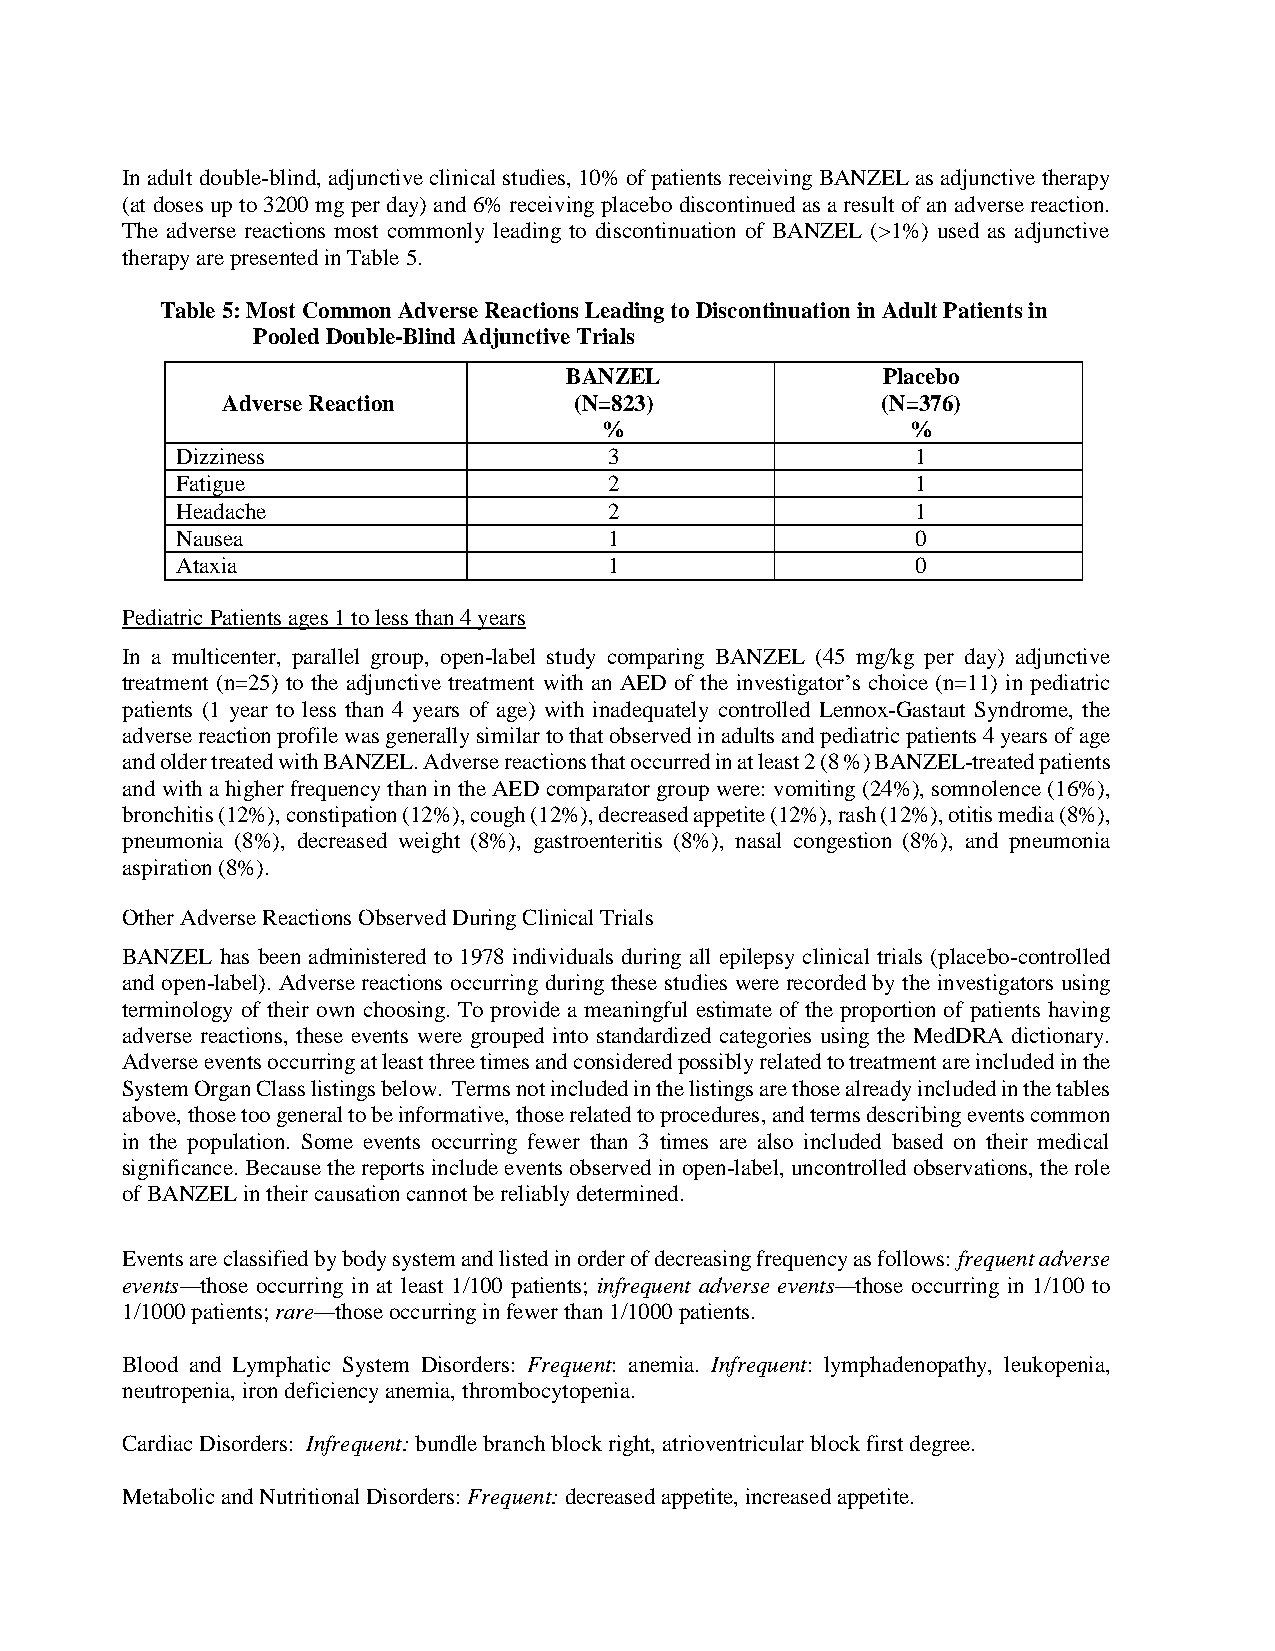
In adult double-blind, adjunctive clinical studies, 10% of patients receiving BANZEL as adjunctive therapy
 (at doses up to 3200 mg per day) and 6% receiving placebo discontinued as a result of an adverse reaction.
 The adverse reactions most commonly leading to discontinuation of BANZEL (>1%) used as adjunctive
 therapy are presented in Table 5.
 Table 5: Most Common Adverse Reactions Leading to Discontinuation in Adult Patients in
 Pooled Double-Blind Adjunctive Trials
 BANZEL               Placebo
 Adverse Reaction       (N=823)             (N=376)
 %                   %
 Dizziness                   3                    1
 Fatigue                     2                    1
 Headache                    2                    1
 Nausea                      1                    0
 Ataxia                      1                    0
 Pediatric Patients ages 1 to less than 4 years
 In a multicenter, parallel group, open-label study comparing BANZEL (45 mg/kg per day) adjunctive
 treatment (n=25) to the adjunctive treatment with an AED of the investigator’s choice (n=11) in pediatric
 patients (1 year to less than 4 years of age) with inadequately controlled Lennox-Gastaut Syndrome, the
 adverse reaction profile was generally similar to that observed in adults and pediatric patients 4 years of age
 and older treated with BANZEL. Adverse reactions that occurred in at least 2 (8 %) BANZEL-treated patients
 and with a higher frequency than in the AED comparator group were: vomiting (24%), somnolence (16%),
 bronchitis (12%), constipation (12%), cough (12%), decreased appetite (12%), rash (12%), otitis media (8%),
 pneumonia (8%), decreased weight (8%), gastroenteritis (8%), nasal congestion (8%), and pneumonia
 aspiration (8%).
 Other Adverse Reactions Observed During Clinical Trials
 BANZEL has been administered to 1978 individuals during all epilepsy clinical trials (placebo-controlled
 and open-label). Adverse reactions occurring during these studies were recorded by the investigators using
 terminology of their own choosing. To provide a meaningful estimate of the proportion of patients having
 adverse reactions, these events were grouped into standardized categories using the MedDRA dictionary.
 Adverse events occurring at least three times and considered possibly related to treatment are included in the
 System Organ Class listings below. Terms not included in the listings are those already included in the tables
 above, those too general to be informative, those related to procedures, and terms describing events common
 in the population. Some events occurring fewer than 3 times are also included based on their medical
 significance. Because the reports include events observed in open-label, uncontrolled observations, the role
 of BANZEL in their causation cannot be reliably determined.
 Events are classified by body system and listed in order of decreasing frequency as follows: frequent adverse
 events—those occurring in at least 1/100 patients; infrequent adverse events—those occurring in 1/100 to
 1/1000 patients; rare—those occurring in fewer than 1/1000 patients.
 Blood and Lymphatic System Disorders: Frequent: anemia. Infrequent: lymphadenopathy, leukopenia,
 neutropenia, iron deficiency anemia, thrombocytopenia.
 Cardiac Disorders: Infrequent: bundle branch block right, atrioventricular block first degree.
 Metabolic and Nutritional Disorders: Frequent: decreased appetite, increased appetite.